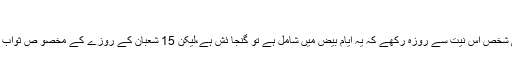
پندرہ شعبان کا روزہ
15 شعبان کا روزہ ثابت نہیں ،پس کوئی شخص اس نیت سے روزہ رکھے کہ یہ ایّام بیض میں شامل ہے تو گنجا ئش ہے،لیکن 15 شعبان کے روزے کے مخصو ص ثواب کے اعتقاد سے روزہ رکھنا درست نہیں۔